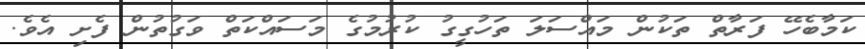
ކަމާބެހޭ ފަރާތް ތަކުން މައްސަލަ ތަހުގީގު ކުރުމުގެ މަސައްކަތް ވަގުތުން ފެށި އެވެ.